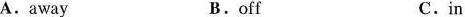
A.away B.off C.in